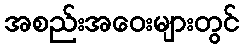
အစည်းအဝေးများတွင်